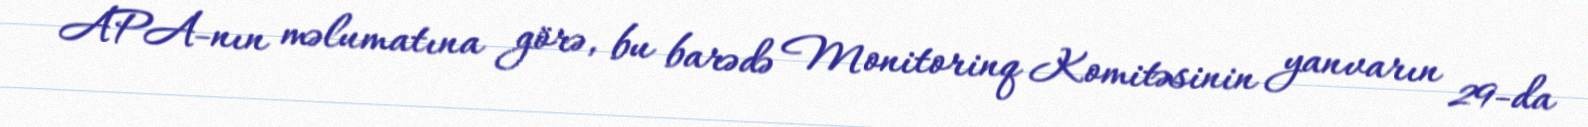
APA-nın məlumatına görə, bu barədə Monitorinq Komitəsinin yanvarın 29-da